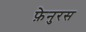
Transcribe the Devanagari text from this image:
फ़ेनुरस